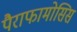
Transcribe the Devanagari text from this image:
पैराफामोसिस